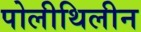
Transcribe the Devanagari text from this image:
पोलीथिलीन